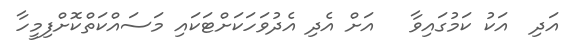
އަދި  އަކު ކަމުގައިވާ   އަށް އެދި އެދުވަހަކަށްޓަކައި މަސައްކަތްކޮށްފިމީހާ